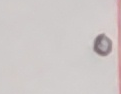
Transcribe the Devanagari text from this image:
ने